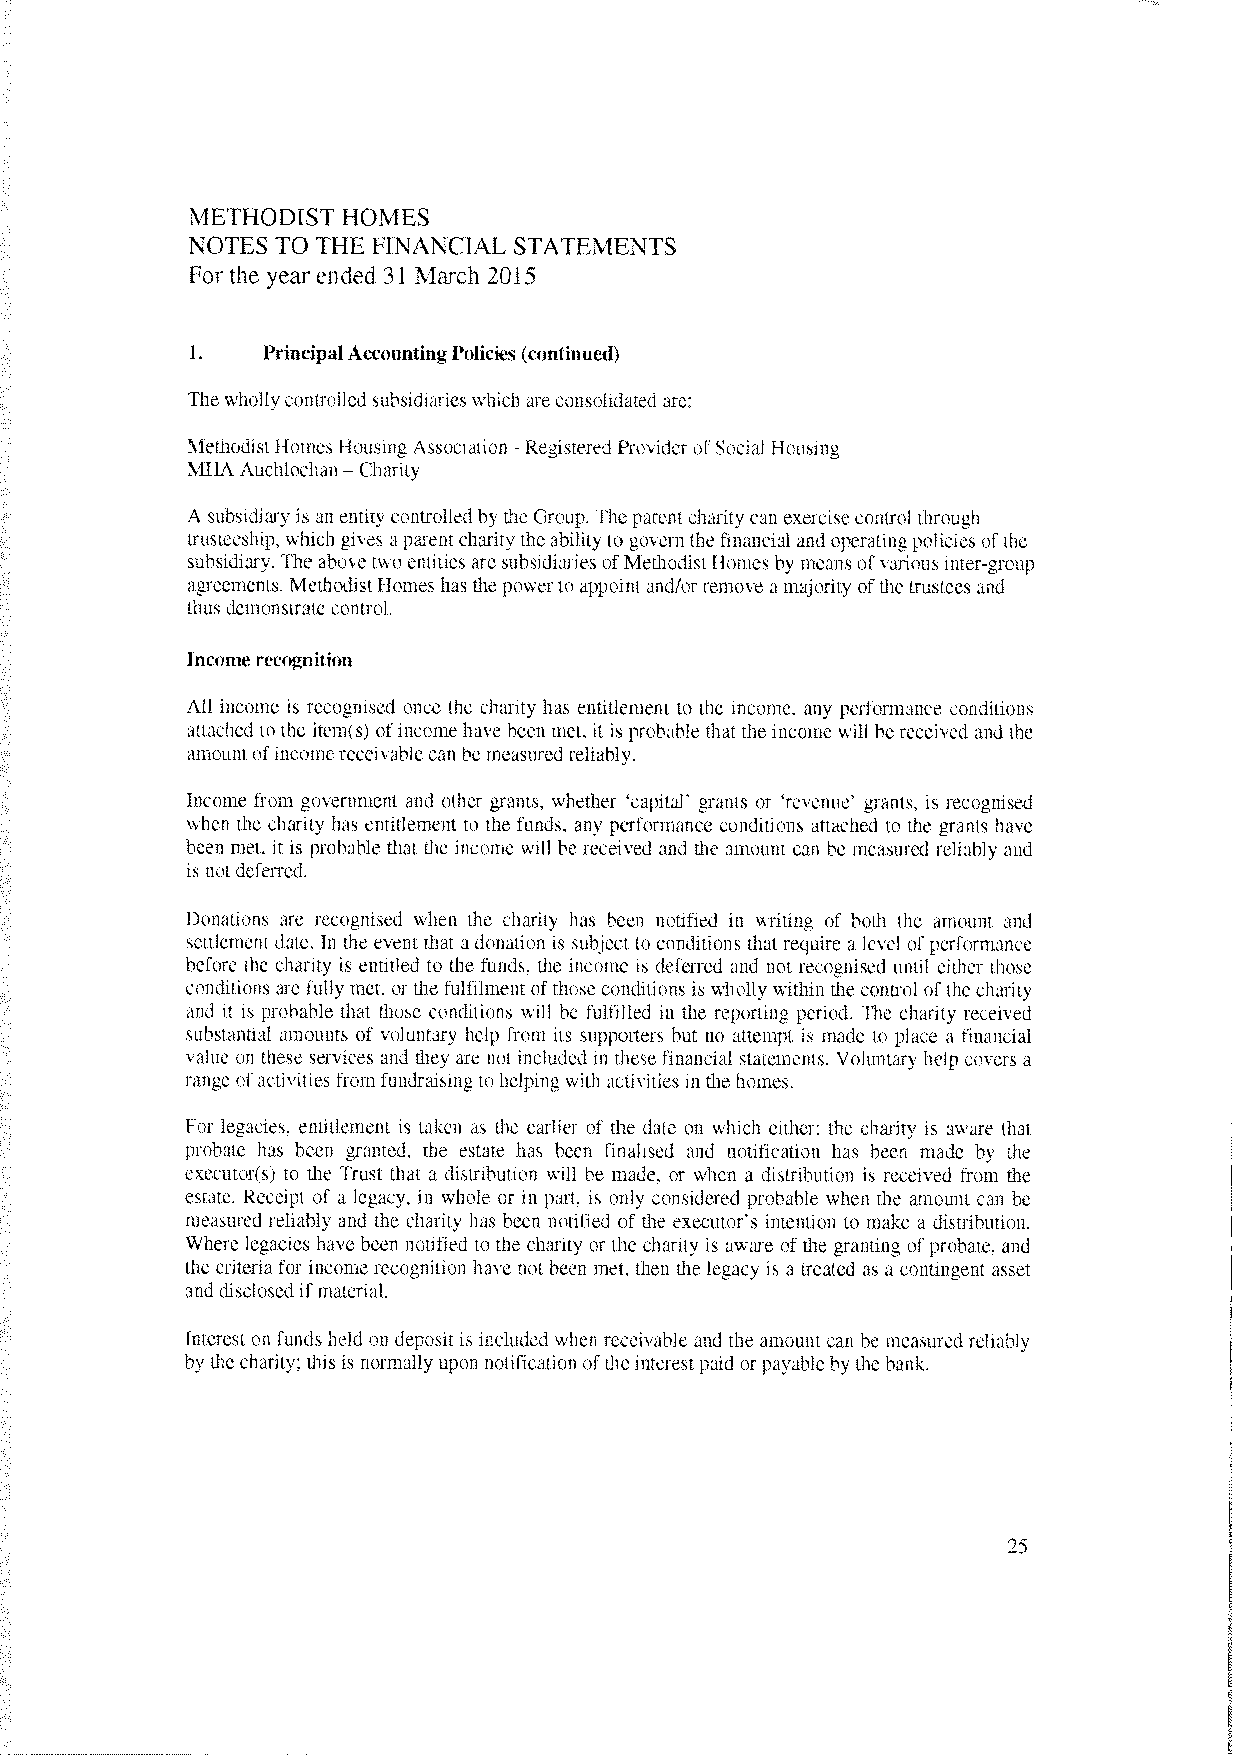
METHODIST HOMES
 NOTES TO THE FINANCIAL STATEMENTS
 For the year ended 31 March 2015
 1.   PrincipalAccountingPolicies (continued)
 The whollycontrolled subsidiarieswhich are consolidated are:
 MethodistHomes Housing Association Registered Proider ot Social housing
 -
 MIIA Auchlochan Charity
 —
 A subsidiary is an entity controlled bythe Group. The parent charity can exercisecontrol through
 trusteeship. which gi’es a parent charity the ability to goern the financial and operatingpolicies ofthe
 subsidiary. The above two entities are subsidiaries ofMethodistHomes by means ofvarious inter-group
 agreements. MethodistHomes has the powerto appoint and/or remove a majority ofthe trustees and
 thus demonstratecontrol.
 InCome recognition
 All income is recognised once the charity has entitlement to the income, any performance conditions
 attached to the item(s) ofincomehave been met, it is probable that the income will be receied and the
 amountofincomereceivable can he measuredreliably.
 Income from goernment and other grants, whether ‘capital’ grants or ‘reenue’ grants. is recognised
 when the charity has entitlement to the funds, any performance conditions attached to the grants have
 been met, it is probable that the income will be received and the amount can be measured reliably and
 is not deferred.
 Donations are recognised when the charity has been notified in writing of both the amount and
 settlement date. In the event that adonation is subject to conditions that require a level ofperformance
 before the charity is entitled to the funds, the income is deferred and not recognised until either those
 conditions are fully met, or the fulfilment ofthose conditions is wholly within the control ofthe charity
 and it is probable that those conditions will he fulfilled in the reporting period. The charity received
 substantial amounts of voluntary help from its supporters hut no attempt is made to place a financial
 value on these services and they are not included in these financial statements, Voluntary help covers a
 range ofactivities from fundraising tohelping with acti’ities in the homes.
 For legacies, entitlement is taken as the earlier of the date on which either: the charity is aware that
 probate has been granted. the estate has been finalised and notification has been made by the
 executor(s) to the Trust that a distribution sill be made, or when a distribution is received from the
 estate. Receipt of a legacy. in whole or in part. is only considered probable when the amount can be
 measured reliably and the charity has been notified of the executor’s intention to make a distribution,
 Where legacies have been notified to the charity or the charity is assare of the granting ofprobate. and
 the criteria for income recognition have not been met, then the legacy is a treated as a contingent asset
 and disclosed ifmaterial.
 Interest on funds held on deposit is included when receisable and the amount can he measured reliably
 by the charity: this is normally upon notification ofthe interestpaid orpayable by the bank.
 25